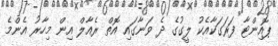
ޕޮއިންޓާ ފަރަގަކާއެކު ލީގުގެ ދެ ވަނާގައި އޮތް ރެއާލް އިން މިހާރު އެންމެ